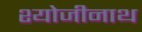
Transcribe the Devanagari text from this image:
श्योजीनाथ